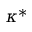
\kappa ^ { \ast }